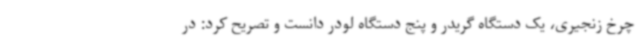
چرخ زنجیری، یک دستگاه گریدر و پنج دستگاه لودر دانست و تصریح کرد: در